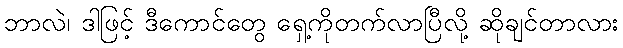
ဘာလဲ၊ ဒါဖြင့် ဒီကောင်တွေ ရှေ့ကိုတက်လာပြီလို့ ဆိုချင်တာလား